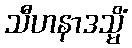
သီဟနာဒသ္မိံ